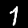
Digit: 7